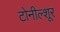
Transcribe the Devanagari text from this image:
टोनील्शूर